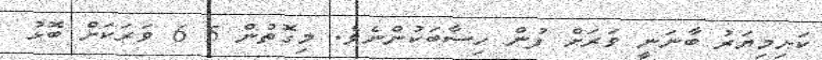
ކަށިމިޔަރު ބާނަނީ ވަރަށް ފުން ހިސާބަކުންނެވެ. މިގޮތުން 5 6 ވަރަކަށް ބޮޅު